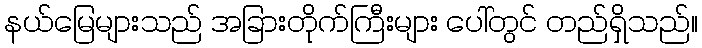
နယ်မြေများသည် အခြားတိုက်ကြီးများ ပေါ်တွင် တည်ရှိသည်။